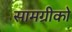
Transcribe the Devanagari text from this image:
सामग्रीको